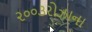
૨૦૦૩રોઝાના